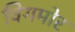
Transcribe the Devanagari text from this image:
विगमोर